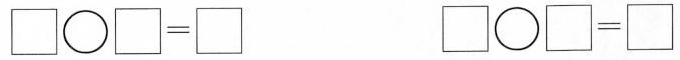
$$\Box \bigcirc \Box = \Box$$ $$\Box \bigcirc \Box = \Box$$